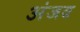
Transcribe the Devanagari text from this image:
अंजव